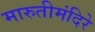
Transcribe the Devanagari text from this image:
मारुतीमंदिरे